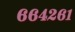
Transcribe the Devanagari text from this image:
६६४२६१